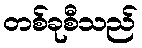
တစ်ခုစီသည်